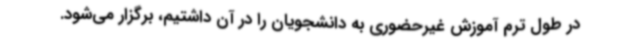
در طول ترم آموزش غیرحضوری به دانشجویان را در آن داشتیم، برگزار می‌شود.